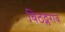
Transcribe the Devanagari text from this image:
विठठ्लराव